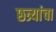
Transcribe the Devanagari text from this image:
छत्र्यांचा